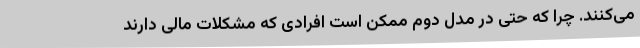
می‌کنند. چرا که حتی در مدل دوم ممکن است افرادی که مشکلات مالی دارند